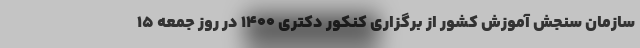
سازمان سنجش آموزش کشور از برگزاری کنکور دکتری ۱۴۰۰ در روز جمعه ۱۵